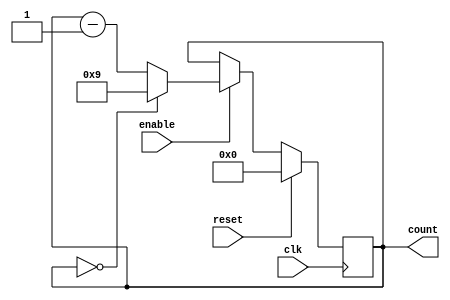
module BCD_Down_Counter_with_Enable (
    input wire clk,
    input wire reset,
    input wire enable,
    output reg [3:0] count
);

reg [3:0] bcd_count;

always @(posedge clk) begin
    if (reset) begin
        bcd_count <= 4'b0000; // Initial value
    end else begin
        if (enable) begin
            if (bcd_count == 4'b0000) begin
                bcd_count <= 4'b1001; // Wrap around to 9 if count reaches 0
            end else begin
                bcd_count <= bcd_count - 1; // Count down
            end
        end
    end
end

assign count = bcd_count;

endmodule